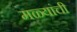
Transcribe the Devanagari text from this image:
मळ्यांची